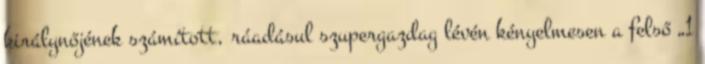
királynőjének számított, ráadásul szupergazdag lévén kényelmesen a felső „1